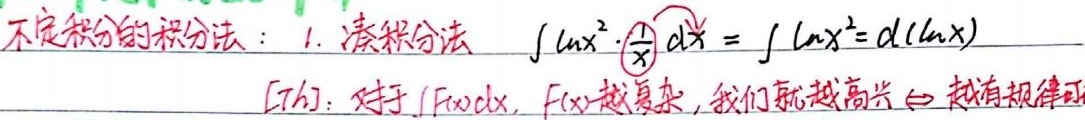
不定积分的积分法：
1. 凑积分法：\(\int \ln x^{2} \cdot \frac{1}{x} dx = \int \ln x^{2} d(\ln x)\)

[Th]：对于\(\int F(x)dx\)，\(F(x)\)越复杂，我们就越高兴\(\Leftrightarrow\)越有规律可循。